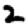
Digit: 2